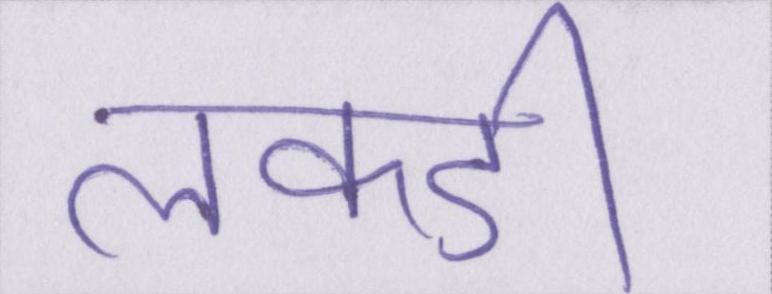
लकडी